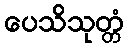
ပေသိသုတ္တံ